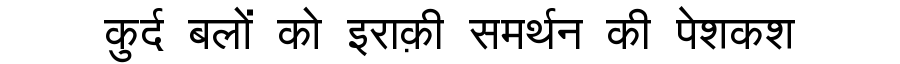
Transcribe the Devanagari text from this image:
कुर्द बलों को इराक़ी समर्थन की पेशकश